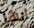
ارها